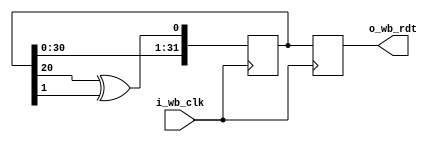
module rocketcpu_random_generator (
   input wire        i_wb_clk,
   output reg [31:0] o_wb_rdt,
);
   reg [31:0] data = 32'hFFFFFFFF;
   wire feedback = data[20] ^ data[1] ;

   always @(posedge i_wb_clk) begin
      data <= {data[31:0], feedback};
      o_wb_rdt <= data;
   end

endmodule